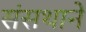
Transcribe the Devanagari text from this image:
संसथाने